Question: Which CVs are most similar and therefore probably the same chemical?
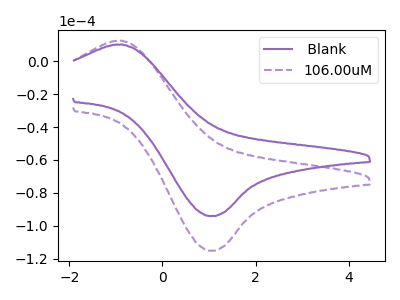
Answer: <think>The purple curve " Blank" has an anodic peak at (-0.85V, 10.15uA) and a cathodic peak at (1.00V, -94.05uA). The purple dashed curve "106.00uM" has an anodic peak at (-0.85V, 12.45uA) and a cathodic peak at (1.00V, -115.15uA).
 All the peaks in " Blank" have a peak in "106.00uM" at the same potential. Every peak in " Blank" is lower than every peak in "106.00uM".</think>
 <answer>" Blank" and "106.00uM" have the same shape and are likely CV's of the same chemical.</answer>
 <eval>" Blank" "106.00uM"</eval>